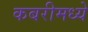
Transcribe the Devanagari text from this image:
कबरीमध्ये